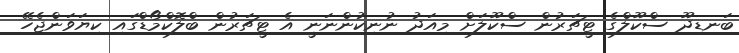
ބަނޑިދޫ ސްކޫލްގެ ޓީޗަރުން ސްކޫލަށް މިއަދު ނުނިކުންނަނީ އެ ޓީޗަރުން ބްލޮކްމޯޑްގައި ކިޔަވަންޖެހޭ